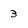
Character: 3